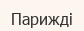
Парижді